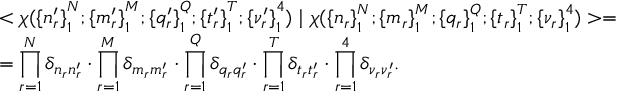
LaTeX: \begin{array} { l } { { < \chi ( { \{ n _ { r } ^ { \prime } \} } _ { 1 } ^ { N } ; { \{ m _ { r } ^ { \prime } \} } _ { 1 } ^ { M } ; { \{ q _ { r } ^ { \prime } \} } _ { 1 } ^ { Q } ; { \{ t _ { r } ^ { \prime } \} } _ { 1 } ^ { T } ; { \{ \nu _ { r } ^ { \prime } \} } _ { 1 } ^ { 4 } ) \mid \chi ( { \{ n _ { r } \} } _ { 1 } ^ { N } ; { \{ m _ { r } \} } _ { 1 } ^ { M } ; { \{ q _ { r } \} } _ { 1 } ^ { Q } ; { \{ t _ { r } \} } _ { 1 } ^ { T } ; { \{ \nu _ { r } \} } _ { 1 } ^ { 4 } ) > = } } \\ { { = \displaystyle \prod _ { r = 1 } ^ { N } \delta _ { n _ { r } n _ { r } ^ { \prime } } \cdot \displaystyle \prod _ { r = 1 } ^ { M } \delta _ { m _ { r } m _ { r } ^ { \prime } } \cdot \displaystyle \prod _ { r = 1 } ^ { Q } \delta _ { q _ { r } q _ { r } ^ { \prime } } \cdot \displaystyle \prod _ { r = 1 } ^ { T } \delta _ { t _ { r } t _ { r } ^ { \prime } } \cdot \displaystyle \prod _ { r = 1 } ^ { 4 } \delta _ { \nu _ { r } \nu _ { r } ^ { \prime } } . } } \end{array}